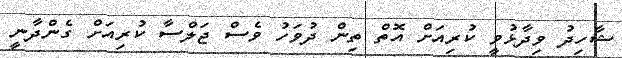
ޝާހިދު ވިދާޅުވީ ކުރިއަށް އޮތް ތިން ދުވަހު ވެސް ޖަލްސާ ކުރިއަށް ގެންދާނީ